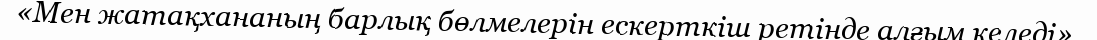
«Мен жатақхананың барлық бөлмелерін ескерткіш ретінде алғым келеді».